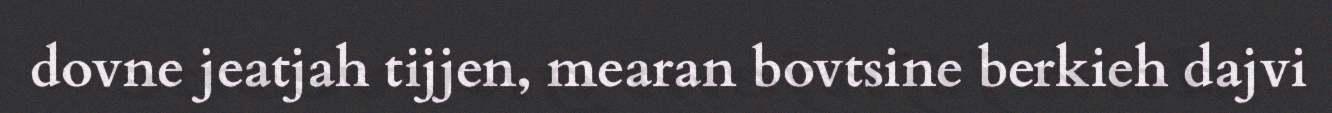
dovne jeatjah tijjen, mearan bovtsine berkieh dajvi